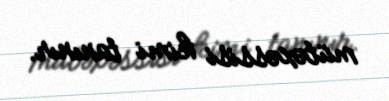
mütəxəssisi kimi tanınır.